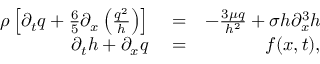
\begin{array} { r l r } { \rho \left[ \partial _ { t } q + \frac { 6 } { 5 } \partial _ { x } \left( \frac { q ^ { 2 } } { h } \right) \right] } & { { } = } & { - \frac { 3 \mu q } { h ^ { 2 } } + \sigma h \partial _ { x } ^ { 3 } h } \\ { \partial _ { t } h + \partial _ { x } q } & { { } = } & { f ( x , t ) , } \end{array}